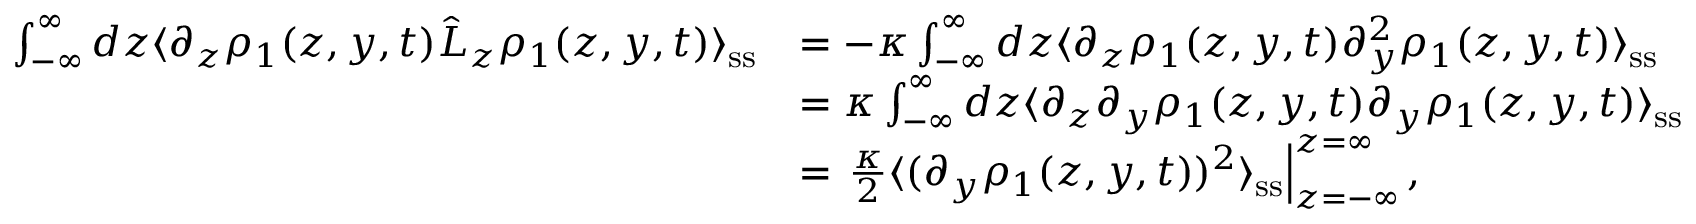
\begin{array} { r l } { \int _ { - \infty } ^ { \infty } d z \langle \partial _ { z } \rho _ { 1 } ( z , y , t ) \hat { L } _ { z } \rho _ { 1 } ( z , y , t ) \rangle _ { \mathrm { s s } } } & { = - \kappa \int _ { - \infty } ^ { \infty } d z \langle \partial _ { z } \rho _ { 1 } ( z , y , t ) \partial _ { y } ^ { 2 } \rho _ { 1 } ( z , y , t ) \rangle _ { \mathrm { s s } } } \\ & { = \kappa \int _ { - \infty } ^ { \infty } d z \langle \partial _ { z } \partial _ { y } \rho _ { 1 } ( z , y , t ) \partial _ { y } \rho _ { 1 } ( z , y , t ) \rangle _ { \mathrm { s s } } } \\ & { = \left. \frac { \kappa } { 2 } \langle ( \partial _ { y } \rho _ { 1 } ( z , y , t ) ) ^ { 2 } \rangle _ { \mathrm { s s } } \right| _ { z = - \infty } ^ { z = \infty } , } \end{array}